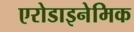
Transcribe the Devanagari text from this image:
एरोडाइनेमिक